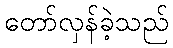
တော်လှန်ခဲ့သည်